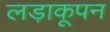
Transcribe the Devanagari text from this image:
लड़ाकूपन